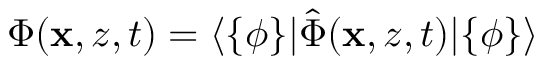
\Phi ( \mathbf { x } , z , t ) = \langle \{ \phi \} | \hat { \Phi } ( \mathbf { x } , z , t ) | \{ \phi \} \rangle